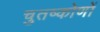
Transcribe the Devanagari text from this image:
चुतष्कोणों